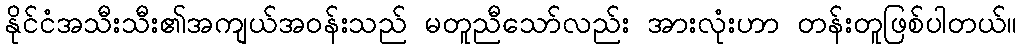
နိုင်ငံအသီးသီး၏အကျယ်အဝန်းသည် မတူညီသော်လည်း အားလုံးဟာ တန်းတူဖြစ်ပါတယ်။